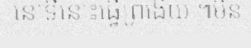
នៅទីនោះធ្វើព្រងើយ ៕មិន